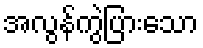
အလွန်ကွဲပြားသော